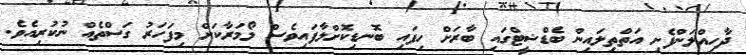
ދާހިއްލަންފެށި އަތްތިލައިން ބެޑްޝީޓްގައި ބާރަށް ހިފައި ބޮނޑިކޮށްލާފައިވެސް ލޯމަރާކަށް މިފަހަރު ގަސްތެއް ނުކުރިއެވެ.